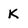
Character: K